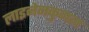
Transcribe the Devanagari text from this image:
लाइनेनकुगल